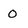
Character: 0